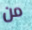
من